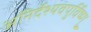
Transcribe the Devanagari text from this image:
अनिर्देश्यवपुर्विष्णु